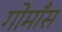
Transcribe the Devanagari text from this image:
गोमाँस